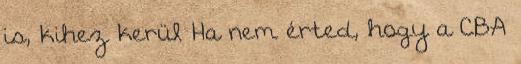
is, kihez kerül Ha nem érted, hogy a CBA